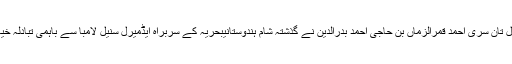
ایڈمیرل تان سری احمد قمرالزماں بن حاجی احمد بدرالدین نے گذشتہ شام ہندوستانیبحریہ کے سربراہ ایڈمیرل سنیل لامبا سے باہمی تبادلہ خیال کیا۔